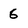
Character: 6